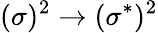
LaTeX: (\sigma)^{2}\rightarrow(\sigma^{*})^{2}